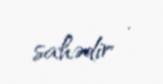
sahədir .